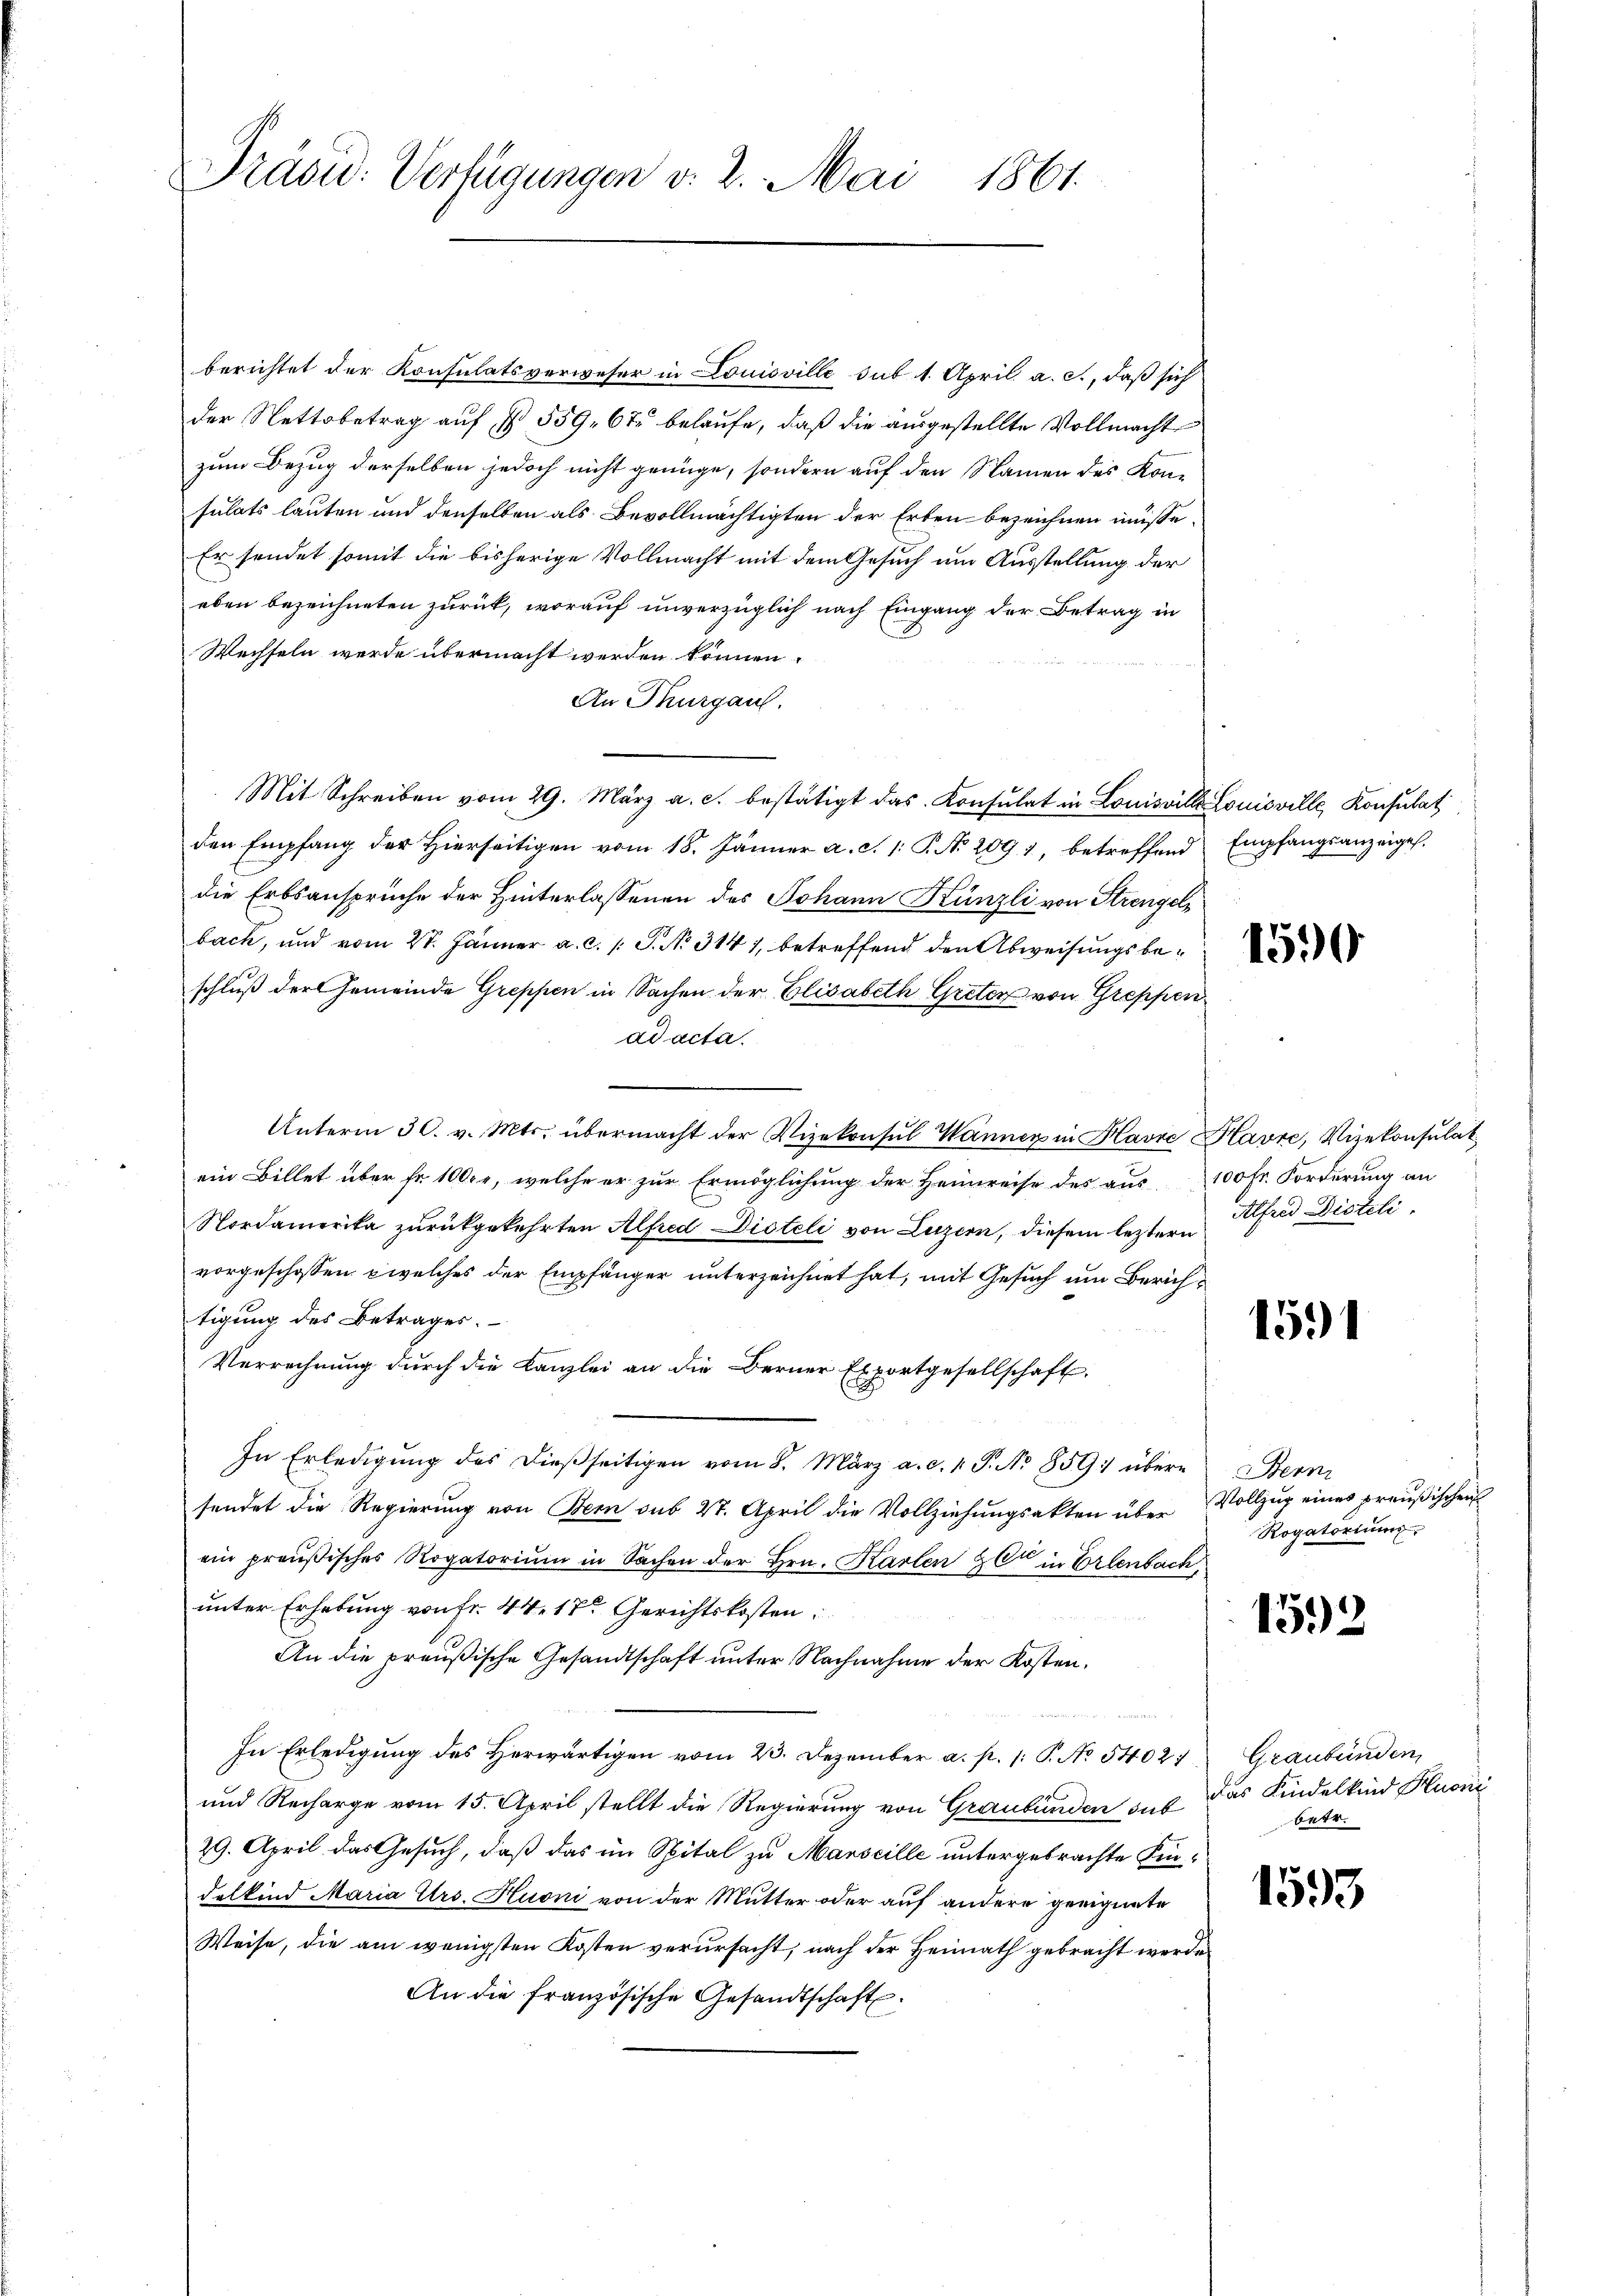
Präsid. Verfügungen v. 2. Mai 1861.

berichtet der Konsulatsverweser in Louisville sub 1. April a. c., daß sich
der Nettobetrag auf § 559. 67 belaufe, daß die ausgestellte Vollmacht
zum Bezug derselben jedoch nicht genüge, sondern auf den Namen des Konsulats lauten und denselben als Bevollmächtigten der Erben bezeichnen müße.
Er sendet somit die bisherige Vollmacht mit dem Gesuch um Ausstellung der
eben bezeichneten zurück, worauf unverzüglich nach Eingang der Betrag in
Wechseln werde übermacht werden können.
An Thurgau.
Mit Schreiben vom 29. März a. c. bestätigt das Konsulat in Louisville Louisville Konsulat
den Empfang der Hierseitigen vom 18. Jänner a. c. 1. P. No. 209 1, betreffend Empfangsanzeigel.
die Erbsansprüche der Hinterlassenen des Johann Künzli von Strengelbach, und vom 27. Jänner a. c. 1 S. No. 314 7, betreffend den Abweisungsbeschluß der Gemeinde Greppen in Sachen der Elisabeth Greten von Greppen
ad acta.
Unterm 30. v. Mts. übermacht der Vizekonsul Wanner in Havre Havre, Vizekonsulat
ein Billet über fr. 100fr, welche er zur Ermöglichung der Heimreise des aus 100 Fr. Forderung an
Nordamerika zurückgekehrten Alfred Dioteli von Luzern, diesem leztern
vorgeschossen welches der Empfänger unterzeichnet hat, mit Gesuch um Zürichtigung des Betrages.
Verrechnung durch die Kanzlei an die Berner Exportgesellschaft
In Erledigung des dießseitigen vom 8. März a. c. 1. P. No 859: übere
sendet die Regierung von Bern sub 27. April die Vollziehungsakten über Vollzug eines preußischen
ein preußisches Rogatorium in Sachen der Hrn. Karten & Cie in Erlenbach,
unter Erhebung von fr. 44. 17 Gerichtskosten:
An die preußische Gesandtschaft unter Nachnahme der Kosten.
In Erledigung des Herwärtigen vom 23. Dezember a. p. /: P. No 5402/
und Recharge vom 15. April stellt die Regierung von Graubünden auf das Kindelkind Kuoni
29. April das Gesuch, daß das im Spital zu Marseille untergebrachte Kindelkind Maria Urs. Huoni von der Mutter oder auf andere geeignete
Weise, die am wenigsten Kosten verursacht, nach der Heimath gebracht werde.
An die französische Gesandtschaft.

1590

Alfred Disteli.

1591

Bern
Rogatoriums

1592

Graubünden,
betr.

1593